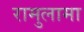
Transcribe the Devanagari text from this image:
रामुलामा